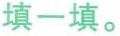
填一填。